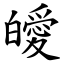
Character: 皧